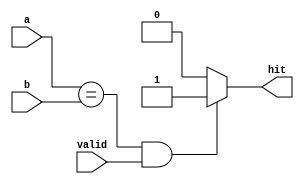
module sparc_ifu_cmp35(/*AUTOARG*/
   // Outputs
   hit, 
   // Inputs
   a, b, valid
   );

   input [34:0] a, b;
   input 	valid;
   
   output 	hit;

   reg 		hit;
   wire 	valid;
   wire [34:0] 	a, b;

   always @ (a or b or valid)
     begin
	if ((a==b) & valid)
	  hit = 1'b1;
	else
	  hit = 1'b0;
     end // always @ (a or b or valid)

endmodule